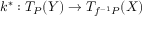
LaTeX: k ^ { * } : T _ { P } ( Y ) \rightarrow T _ { f ^ { - 1 } P } ( X )